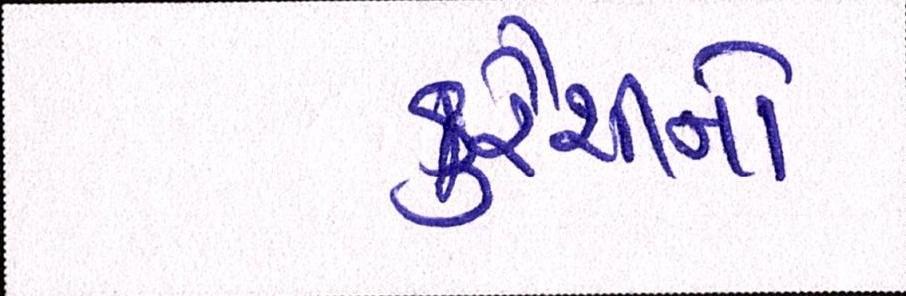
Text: કુરૈશીનો